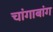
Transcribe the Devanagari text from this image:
चांगाबांग